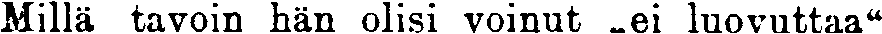
Millä tavoin hän olisi voinut „ei luovuttaa"